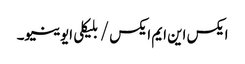
ایکس این ایم ایکس / بلیکلی ایوینیو۔